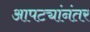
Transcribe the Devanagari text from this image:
आपट्यांनंतर